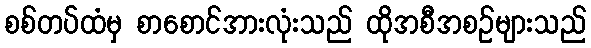
စစ်တပ်ထံမှ စာစောင်အားလုံးသည် ထိုအစီအစဉ်များသည်